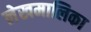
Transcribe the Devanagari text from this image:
लेखमालिका